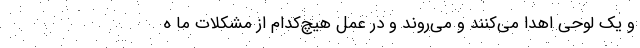
و یک لوحی اهدا می‌کنند و می‌روند و در عمل هیچ‌کدام از مشکلات ما ه